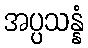
အပ္ပသန္နံ